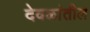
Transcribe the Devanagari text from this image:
देवळांतील